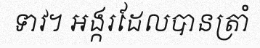
ទាវ។ អង្ករដែលបានត្រាំ